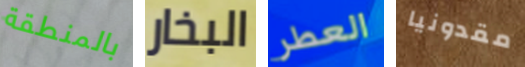
بالمنطقة البخار العطر مقدونيا